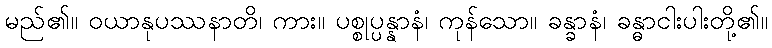
မည်၏။ ဝယာနုပဿနာတိ၊ ကား။ ပစ္စုပ္ပန္နာနံ၊ ကုန်သော။ ခန္ခာနံ၊ ခန္ဓာငါးပါးတို့၏။